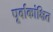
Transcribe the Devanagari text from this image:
पूर्वाकांक्षित